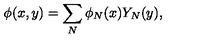
\phi ( x , y ) = \sum _ { N } \phi _ { N } ( x ) Y _ { N } ( y ) ,